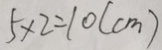
5 \times 2 = 1 0 ( c m )